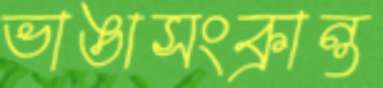
ভাঙাসংক্রান্ত